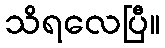
သိရလေပြီ။